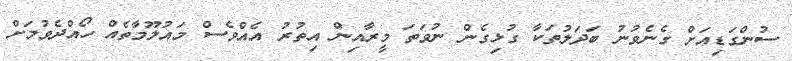
ސުންގަޑިއަށް ގެނެވުނު ބަދަލުތަކާ ގުޅިގެން ނުވަތަ މީރާއިން އިތުރު އެއްވެސް މައުލޫމާތެއް ހޯއްދެވުމަށް